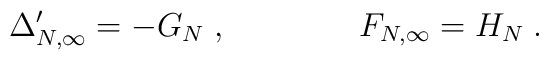
\Delta'_{N,\infty}=-G_N\;,\qquad\qquad F_{N,\infty}=H_N\;.